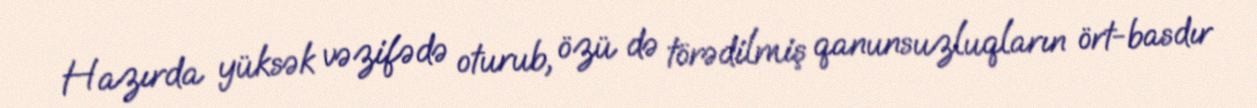
Hazırda yüksək vəzifədə oturub, özü də törədilmiş qanunsuzluqların ört-basdır